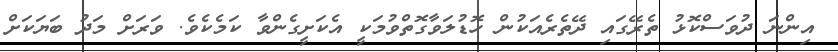
އިންނަ ދުވަސްކޮޅު ތެރޭގައި ދޭތެރެއަކުން ހޮޑުލަވާގޮތްވުމަކީ އެކަށީގެންވާ ކަމެކެވެ. ވަރަށް މަދު ބަޔަކަށް